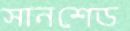
সানশেড